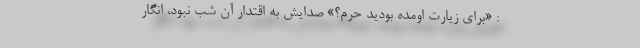
: «برای زیارت اومده بودید حرم؟» صدایش به اقتدار آن شب نبود، انگار